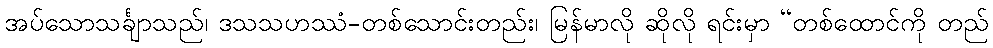
အပ်သောသင်္ချာသည်၊ ဒသသဟဿံ-တစ်သောင်းတည်း၊ မြန်မာလို ဆိုလို ရင်းမှာ “တစ်ထောင်ကို တည်